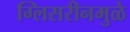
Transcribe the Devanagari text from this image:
ग्लिसरीनमुळे